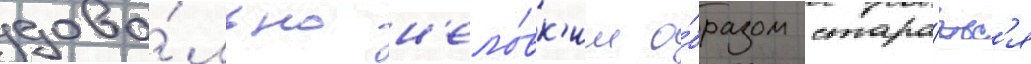
дово́льно н'ело́вк'им о́бразом стара́етс'я